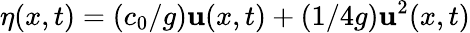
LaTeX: \eta(x,t)=(c_{0}/g)\mathbf{u}(x,t)+(1/4g)\mathbf{u}^{2}(x,t)